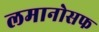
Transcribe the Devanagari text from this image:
लमानोसफ